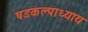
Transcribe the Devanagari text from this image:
षडकल्पाध्याय